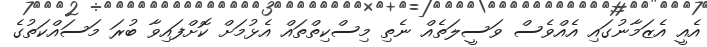
އެއީ އެޒަމާނުގައި އެއްވެސް ވަސީލަތެއް ނެތި މިސްކިތްތައް އެޅުމަށް ކޮށްފައިވާ ބުރަ މަސައްކަތުގެ